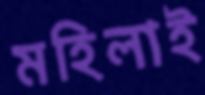
মহিলাই